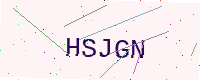
Text: HSJGN